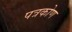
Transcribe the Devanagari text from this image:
पत्रकोण